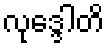
လုဒ္ဒေါတိ